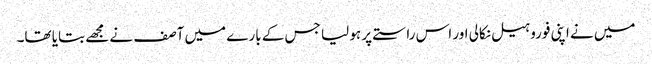
میں نے اپنی فوروہیل نکالی اور اس راستے پر ہو لیا جس کے بارے میں آصف نے مجھے بتایا تھا۔